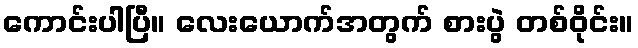
ကောင်းပါပြီ။ လေးယောက်အတွက် စားပွဲ တစ်ဝိုင်း။